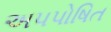
અપપોષિત